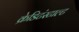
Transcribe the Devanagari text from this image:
क्रेडिटंस्टाल्ट